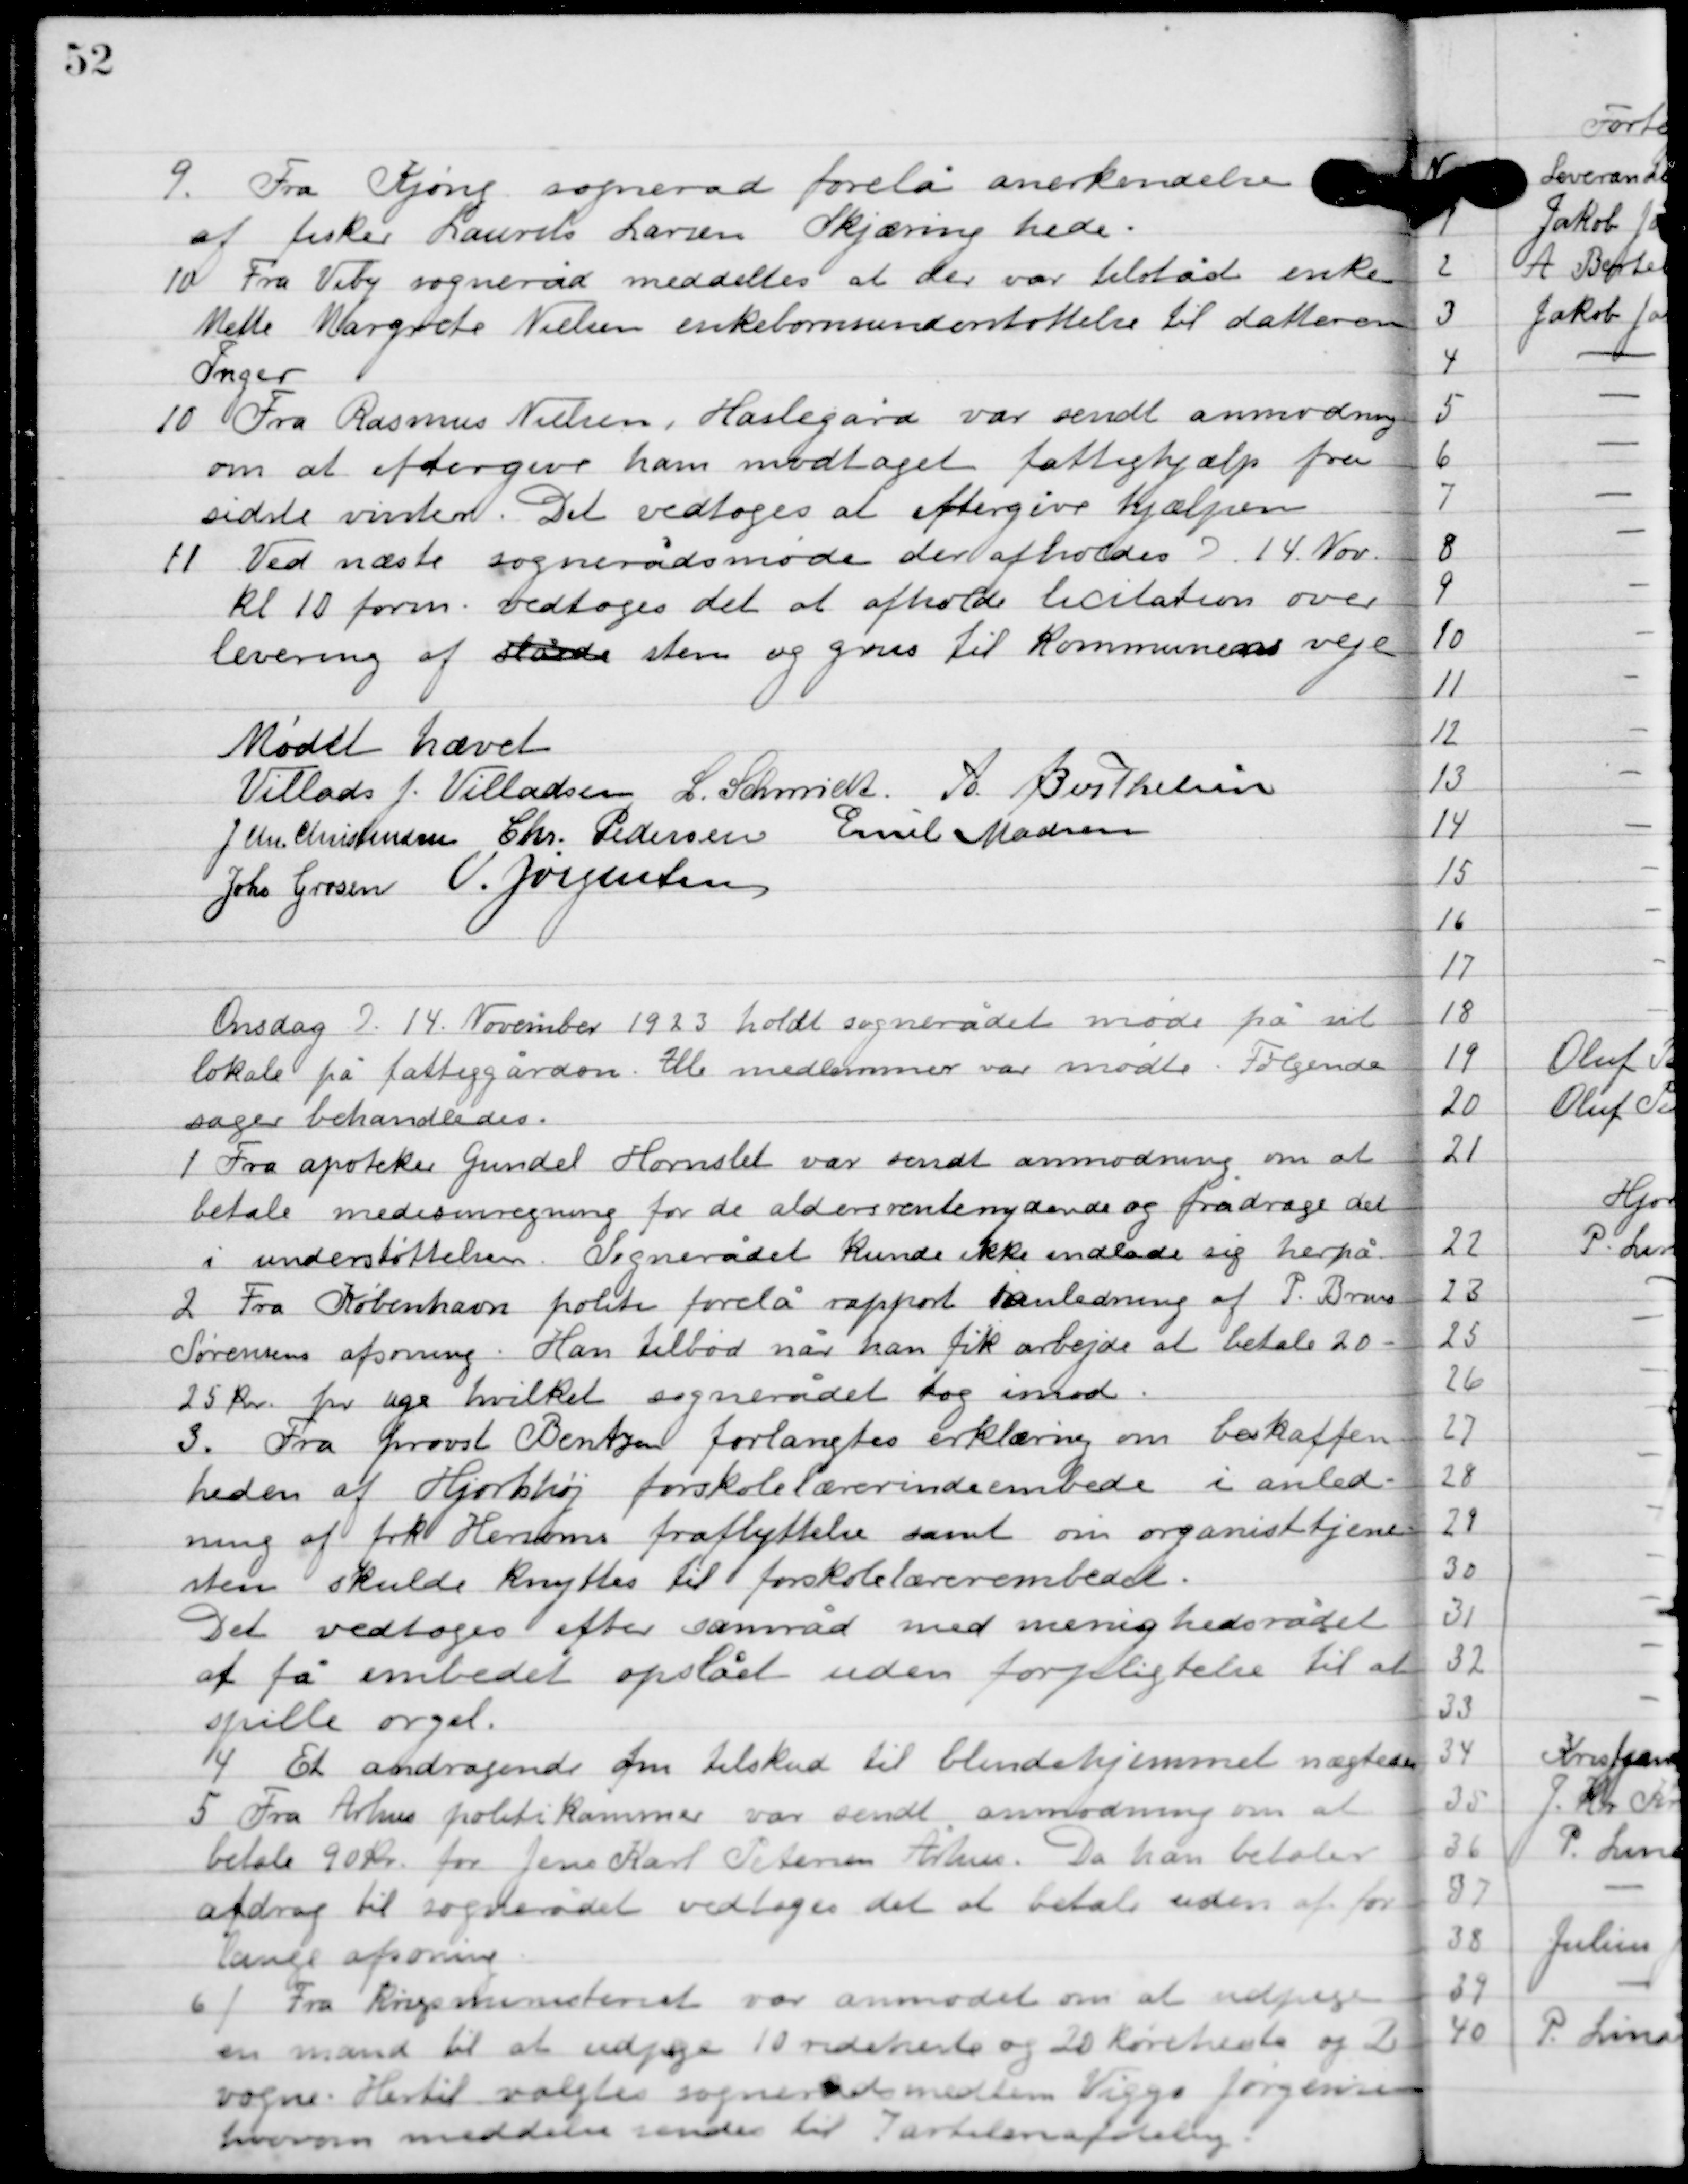
Transskription:
9

Fra Kjøng sogneråd forelå anerkendelse
af fisker Laurits Larsens Skæring hede.

10

Fra Viby sogneråd meddeltes at der var tiltrådt enken
Mette Margrete Nielsen enkebørneunderstøttelse til datteren
Inger.

10

Fra Rasmus Nielsen, Haslegård var sendt anmodning
om at eftergive ham modtaget fattighjælp fra
sidste vinter, det vedtoges at eftergive hjælpen.

11

Ved næste sognerådsmøde der afholdes d. 14. Nov.
Kl. 10 form. Vedtoges det at afholde licitation over
levering af sten og grus til kommunens veje.

Mødet hævet

Villads J. Villadsen
L. Schmidt
A. Berthelsen
J. Chr. Christensen
Chr. Pedersen
Emil Madsen
Johs. Grosen
V. Jørgensen

Onsdag D. 14. November 1923 holdt sognerådet møde på sit
lokale på fattiggården.  Alle medlemmer var mødte. Følgende
sager behandledes.

1

Fra apoteker Gundel Hornslet var sendt anmodning om at
betale medisinregning for de aldersrenteydende og fradrage det
i understøttelsen. Sognerådet kunde ikke indlade sig herpå.

2

Fra København politi forelå rapport i anledning af P. Bruus
Sørens afsoning. Han tilbød når han fik arbejde at betale 20-
25 kr. for uge hvilket sognerådet tog imod.

3

Fra provst Bentzen forlangtes erklæring om beskaffen-
heden af Hjorthøj forskolelærerindeembede i anled-
ning af frk. Hersoms fraflyttelse samt om organisttjene-
sten skulde knyttes til forskolelærer embedet.
Det vedtoges efter samråd med menighedsrådet 
at få embedet opslået uden forpligtelse til at 
spille orgel.

4

Et andragende om tilskud til blindehjemmet nægtedes.

5

Fra Århus politikommune var sendt anmodning om at
betale 90 kr. for Jens Karl Petersen Århus. Da han betaler
afdrag til sognerådet vedtoges det at betale uden alt for
lange afsoning.

6

Fra Krigsministeriet var anmodet om at udpege
en mand til at udpege 10 rideheste og 20 køreheste og 2
vogne. Hertil valgtes sognerådsmedlem Viggo Jørgensen,
hvorom meddelelsen sendes til 7 artilleriafdeling.